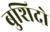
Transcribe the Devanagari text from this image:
बुशिदो